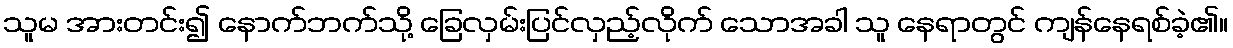
သူမ အားတင်း၍ နောက်ဘက်သို့ ခြေလှမ်းပြင်လှည့်လိုက် သောအခါ သူ နေရာတွင် ကျန်နေရစ်ခဲ့၏။